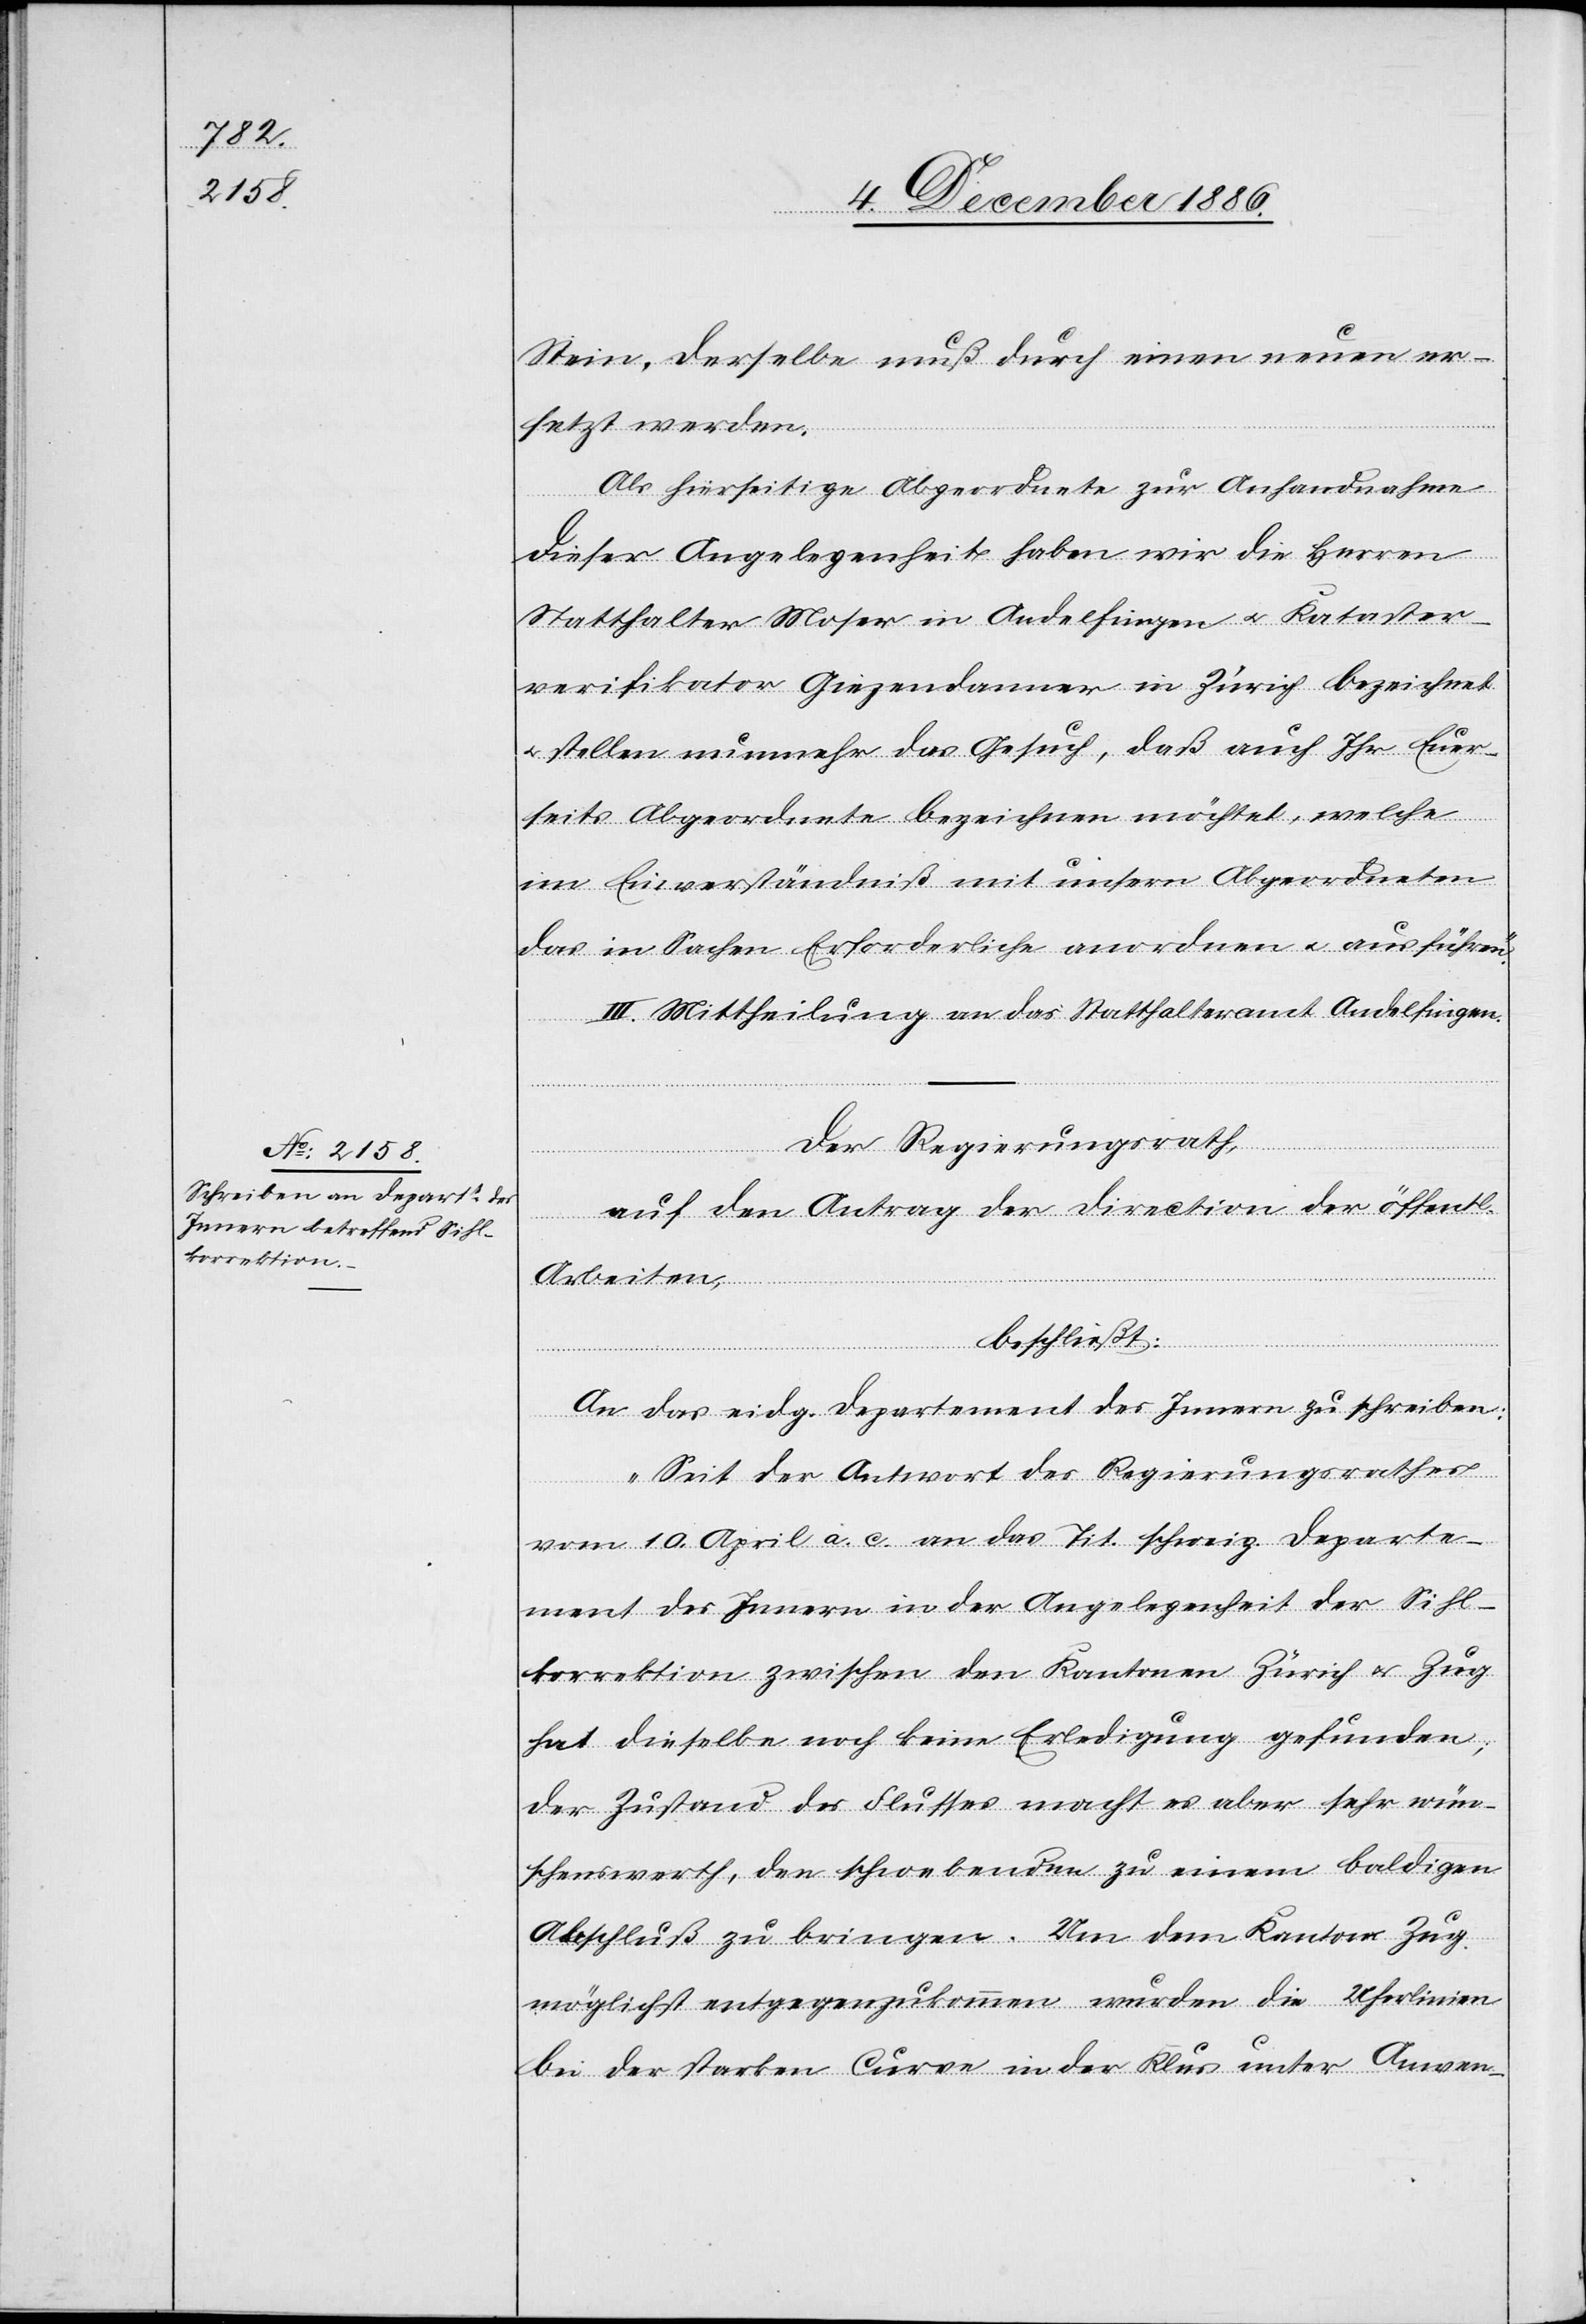
Stein, derselbe muß durch einen neuen er¬
setzt werden.
Als hierseitige Abgeordnete zur Anhandnahme
dieser Angelegenheit haben wir die Herren
Statthalter Moser in Andelfingen & Kataster¬
verifikator Giezendanner in Zürich bezeichnet
& stellen nunmehr das Gesuch, daß auch Ihr Euer¬
seits Abgeordnete bezeichnen möchtet, welche
im Einverständniß mit unsern Abgeordneten
das in Sachen Erforderliche anordnen & ausführen.“
III. Mittheilung an das Statthalteramt Andelfingen.
Der Regierungsrath,
auf den Antrag der Direction der öffentl.
Arbeiten,
beschließt:
An das eidg. Departement des Innern zu schreiben:
„Seit der Antwort des Regierungsrathes
vom 10. April a. c. an das Tit. schweiz. Departe¬
ment des Innern in der Angelegenheit der Sihl¬
korrektion zwischen den Kantonen Zürich & Zug
hat dieselbe noch keine Erledigung gefunden;
der Zustand des Flusses macht es aber sehr wün¬
schenswerth, den schwebenden [sic!] zu einem baldigen
Abschluß zu bringen. Um dem Kanton Zug
möglichst entgegenzukommen wurden die Uferlinien
bei der starken Curve in der Klus unter Anwen-